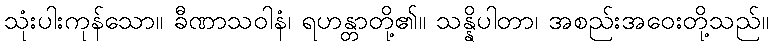
သုံးပါးကုန်သော။ ခီဏာသဝါနံ၊ ရဟန္တာတို့၏။ သန္နိပါတာ၊ အစည်းအဝေးတို့သည်။